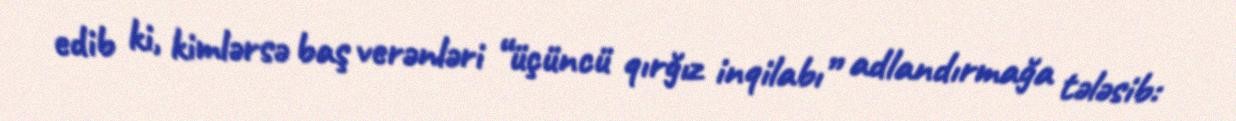
edib ki, kimlərsə baş verənləri “üçüncü qırğız inqilabı” adlandırmağa tələsib: